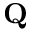
\mathbf { Q }